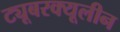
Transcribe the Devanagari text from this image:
ट्यूबरक्यूलीन